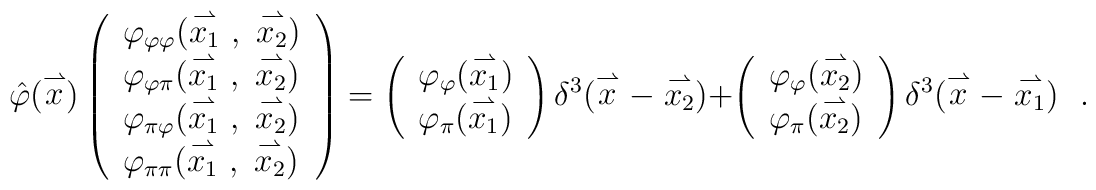
\hat\varphi(\stackrel{\rightharpoonup}{x})\left(\begin{array}{l}\varphi_{\varphi\varphi}	(\stackrel{\rightharpoonup}{x_1}\ , \ 	 \stackrel{\rightharpoonup}{x_2})\\\varphi_{\varphi\pi}	(\stackrel{\rightharpoonup}{x_1}\ , \ 	 \stackrel{\rightharpoonup}{x_2})\\\varphi_{\pi\varphi}	(\stackrel{\rightharpoonup}{x_1}\ , \ 	 \stackrel{\rightharpoonup}{x_2})\\\varphi_{\pi\pi}	(\stackrel{\rightharpoonup}{x_1}\ , \ 	 \stackrel{\rightharpoonup}{x_2})\end{array}\right)=\left(\begin{array}{l}\varphi_\varphi	(\stackrel{\rightharpoonup}{x_1})\\\varphi_\pi	(\stackrel{\rightharpoonup}{x_1})\end{array}\right) \delta^3(\stackrel{\rightharpoonup}{x}-	\stackrel{\rightharpoonup}{x_2})+\left(\begin{array}{l}\varphi_\varphi	(\stackrel{\rightharpoonup}{x_2})\\\varphi_\pi	(\stackrel{\rightharpoonup}{x_2})\end{array}\right)\delta^3(\stackrel{\rightharpoonup}{x}-	\stackrel{\rightharpoonup}{x_1})\ \ \ .